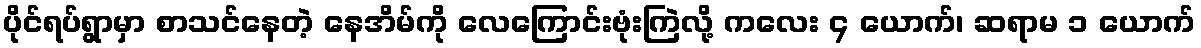
ပိုင်ရပ်ရွာမှာ စာသင်နေတဲ့ နေအိမ်ကို လေကြောင်းဗုံးကြဲလို့ ကလေး ၄ ယောက်၊ ဆရာမ ၁ ယောက်